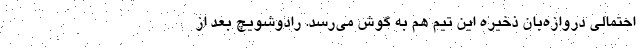
احتمالی دروازه‌بان ذخیره این تیم هم به گوش می‌رسد. رادوشویچ بعد از